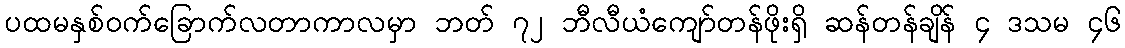
ပထမနှစ်ဝက်ခြောက်လတာကာလမှာ ဘတ် ၇၂ ဘီလီယံကျော်တန်ဖိုးရှိ ဆန်တန်ချိန် ၄ ဒသမ ၄၆